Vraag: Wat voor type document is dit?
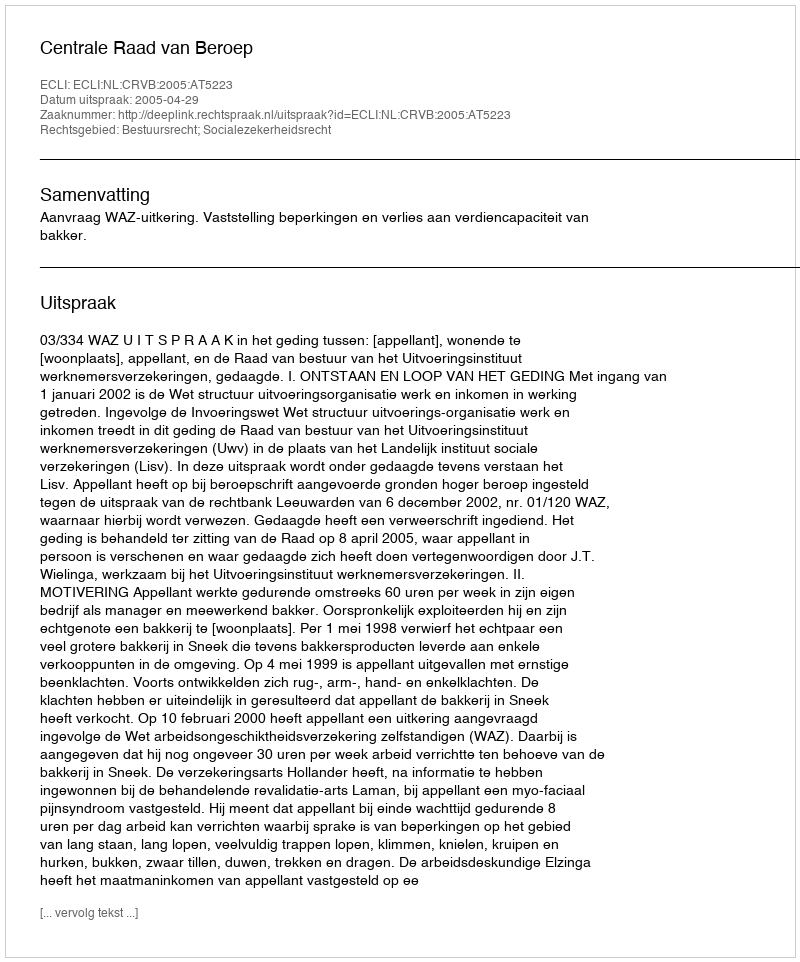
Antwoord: Uitspraak